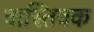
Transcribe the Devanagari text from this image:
वास्‍तिवक